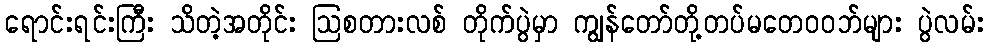
ရောင်းရင်းကြီး သိတဲ့အတိုင်း ဩစတားလစ် တိုက်ပွဲမှာ ကျွန်တော်တို့တပ်မတေဝဝဘ်များ ပွဲလမ်း